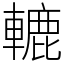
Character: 轆